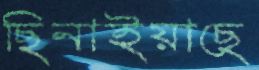
ছিনাইয়াছে